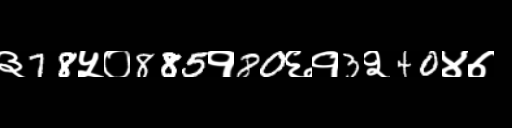
Text: ३78५०885१80६१3२40४७